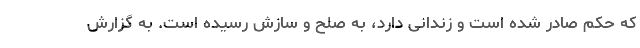
که حکم صادر شده است و زندانی دارد، به صلح و سازش رسیده است. به گزارش